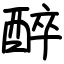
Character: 醉